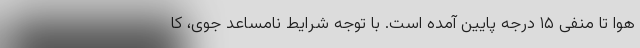
هوا تا منفی ۱۵ درجه پایین آمده است. با توجه شرایط نامساعد جوی، کا